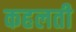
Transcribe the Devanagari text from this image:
कहलती